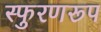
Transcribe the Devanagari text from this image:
स्फुरणरूप